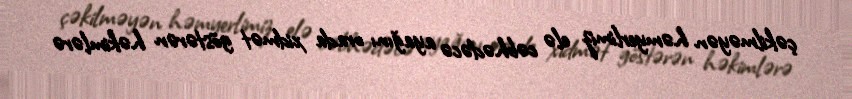
çəkilməyən həmyerlimiz elə cəbhədəcə ayağını orada xidmət göstərən həkimlərə